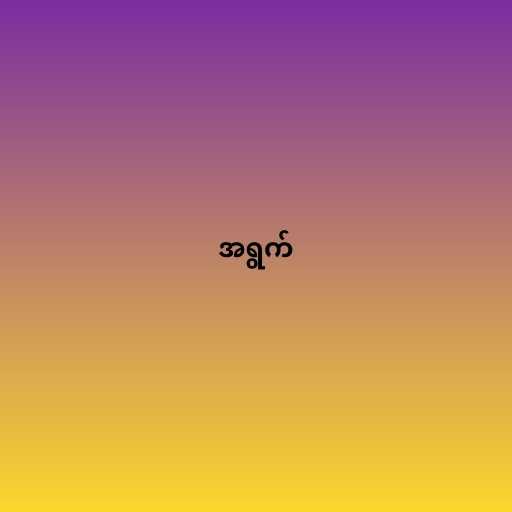
အရွက်